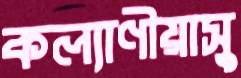
কল্যাণীয়াসু